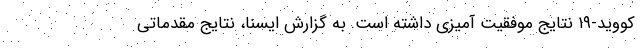
کووید-۱۹ نتایج موفقیت آمیزی داشته است. به گزارش ایسنا، نتایج مقدماتی